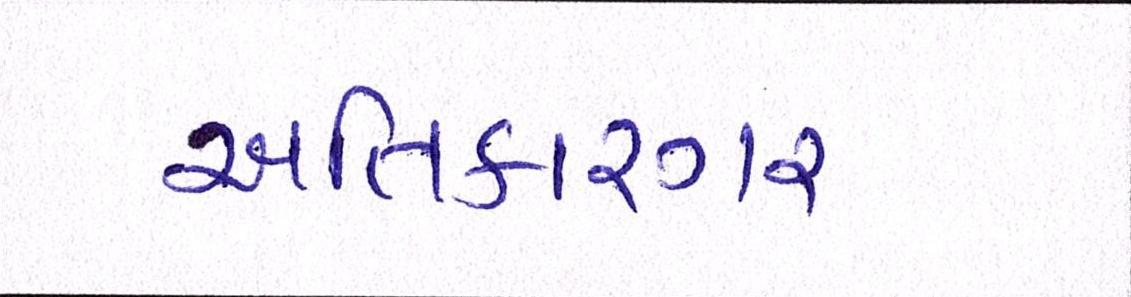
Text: અતિકારગર